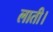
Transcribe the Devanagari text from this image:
लाती।